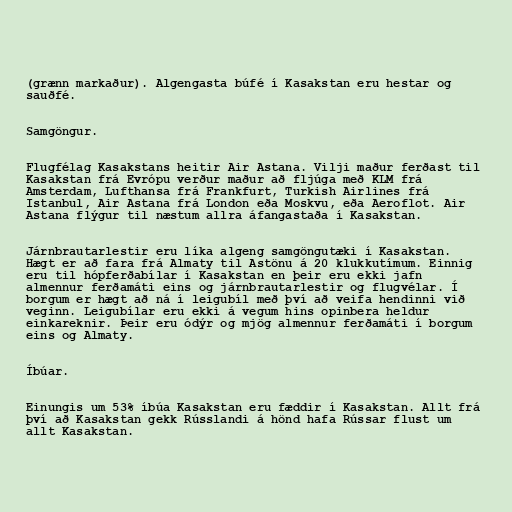
(grænn markaður). Algengasta búfé í Kasakstan eru hestar og
sauðfé.

Samgöngur.

Flugfélag Kasakstans heitir Air Astana. Vilji maður ferðast til
Kasakstan frá Evrópu verður maður að fljúga með KLM frá
Amsterdam, Lufthansa frá Frankfurt, Turkish Airlines frá
Istanbul, Air Astana frá London eða Moskvu, eða Aeroflot. Air
Astana flýgur til næstum allra áfangastaða í Kasakstan.

Járnbrautarlestir eru líka algeng samgöngutæki í Kasakstan.
Hægt er að fara frá Almaty til Astönu á 20 klukkutímum. Einnig
eru til hópferðabílar í Kasakstan en þeir eru ekki jafn
almennur ferðamáti eins og járnbrautarlestir og flugvélar. Í
borgum er hægt að ná í leigubíl með því að veifa hendinni við
veginn. Leigubílar eru ekki á vegum hins opinbera heldur
einkareknir. Þeir eru ódýr og mjög almennur ferðamáti í borgum
eins og Almaty.

Íbúar.

Einungis um 53% íbúa Kasakstan eru fæddir í Kasakstan. Allt frá
því að Kasakstan gekk Rússlandi á hönd hafa Rússar flust um
allt Kasakstan.